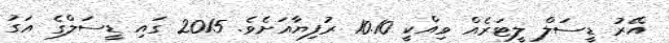
އޭރު ޑީސަލް ލީޓަރެއް ވިއްކީ 10.10 ރުފިޔާއަށެވެ. 2015 ގައި ޑީސަލްގެ އަގު